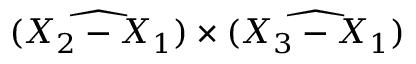
\widehat { ( X _ { 2 } - X _ { 1 } ) } \times \widehat { ( X _ { 3 } - X _ { 1 } ) }